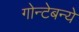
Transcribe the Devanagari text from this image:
गोन्टेबन्ये